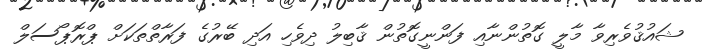
ޝައުޤުވެރިވާ މާލީ ގޮތުންނާއި ފަންނީގޮތުން ޤާބިލު ދިވެހި އަދި ބޭރުގެ ފަރާތްތަކަށް ޕްރޮޕޯސަލް